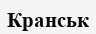
Кранськ